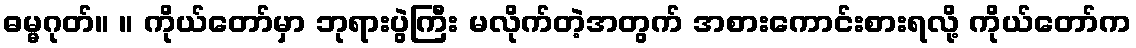
ဓမ္မဂုတ်။ ။ ကိုယ်တော်မှာ ဘုရားပွဲကြီး မလိုက်တဲ့အတွက် အစားကောင်းစားရလို့ ကိုယ်တော်က